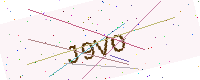
Text: J9VO